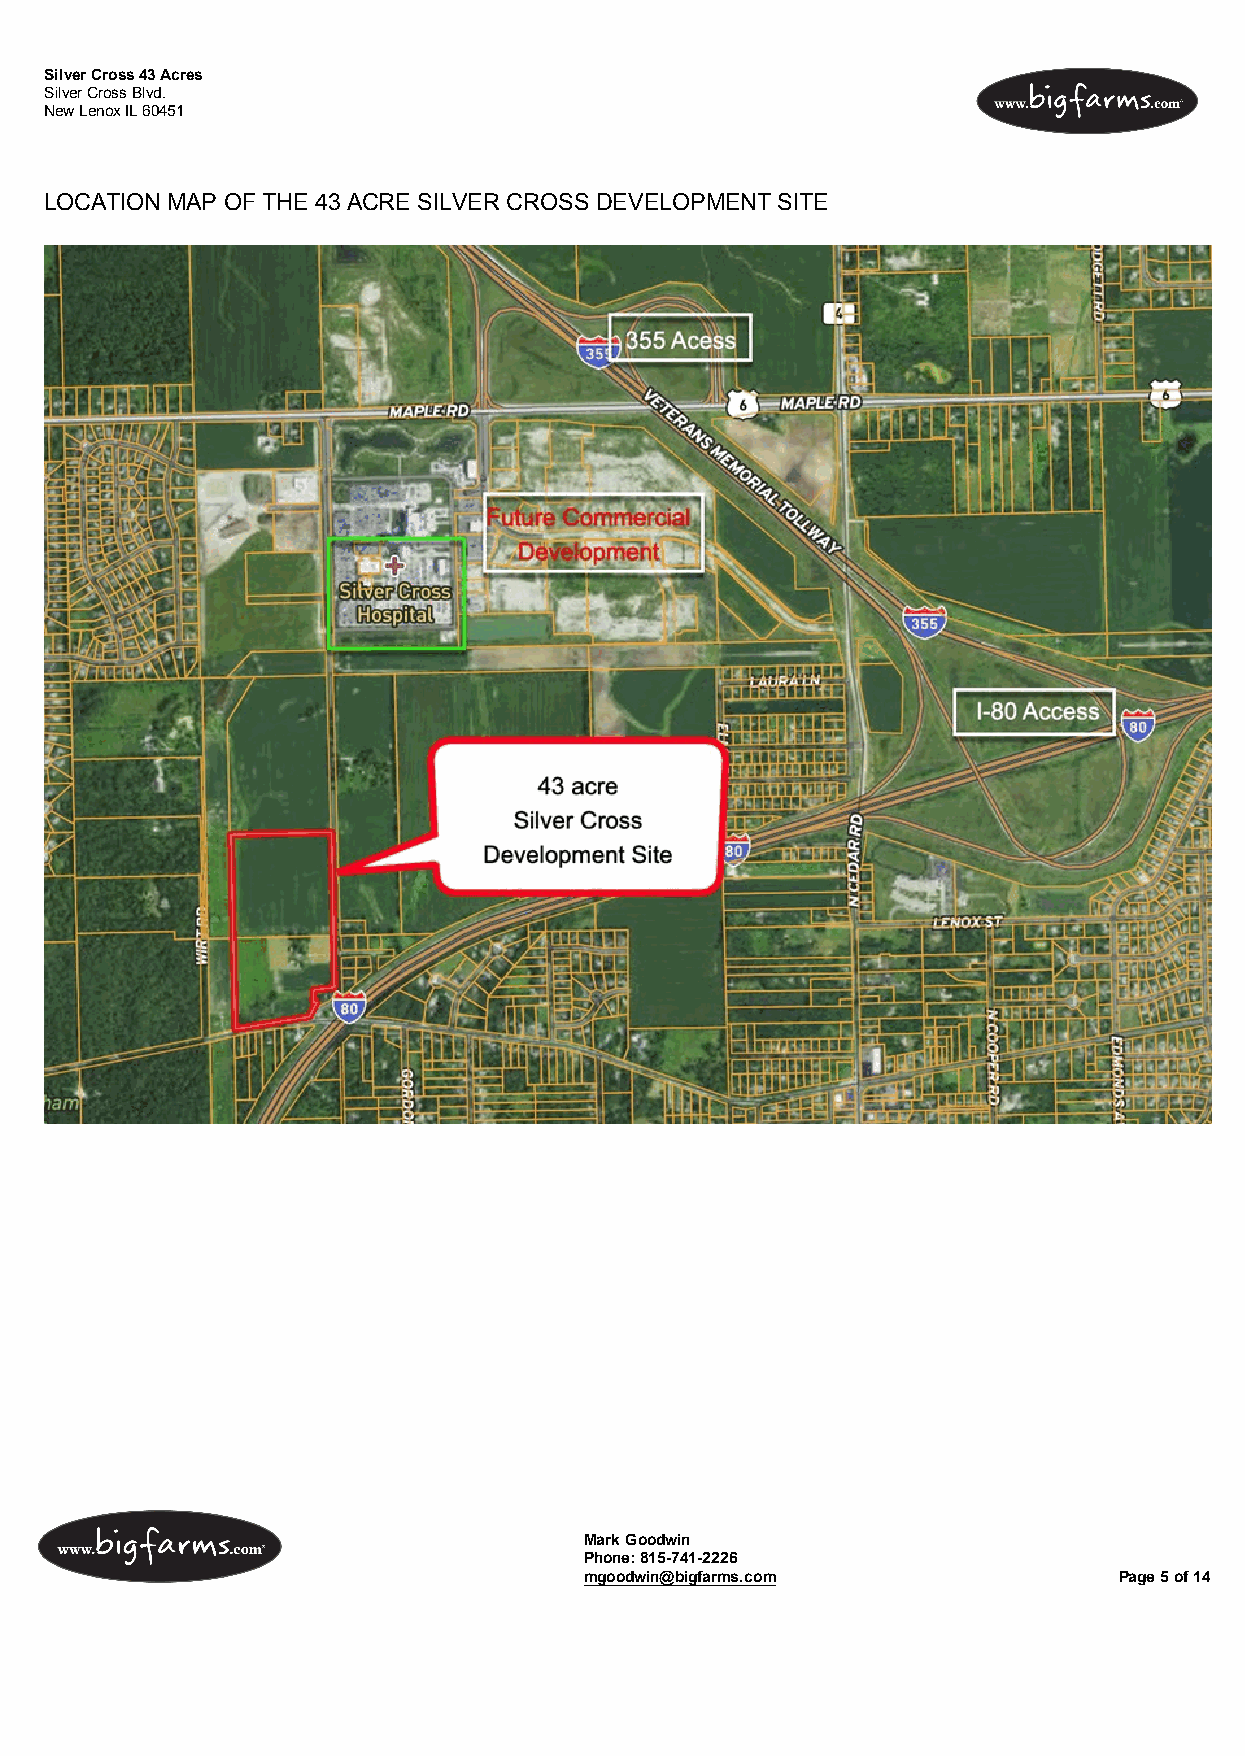
Silver Cross 43 Acres
 Silver Cross Blvd.
 New Lenox IL 60451
 LOCATION MAP OF THE 43 ACRE SILVER CROSS DEVELOPMENT SITE
 Mark Goodwin
 Phone: 815-741-2226
 mgoodwin@bigfarms.com              Page 5 of 14